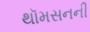
થૉમસનની